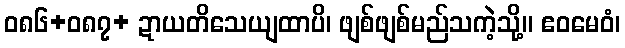
ဝ၈၆+၀၈၇+ ဍာယတိသေယျထာပိ၊ ဖျစ်ဖျစ်မည်သကဲ့သို့။ ဧဝမေဝံ၊